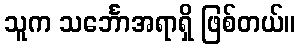
သူက သင်္ဘောအရာရှိ ဖြစ်တယ်။